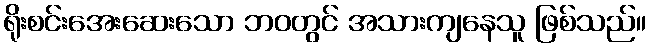
ရိုးစင်းအေးဆေးသော ဘဝတွင် အသားကျနေသူ ဖြစ်သည်။